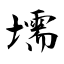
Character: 壖